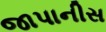
જાપાનીસ